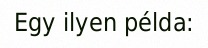
Egy ilyen példa: